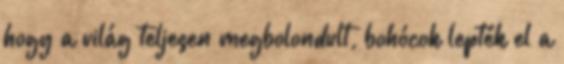
hogy a világ teljesen megbolondult, bohócok lepték el a